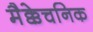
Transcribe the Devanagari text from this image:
मैक्केचनिक